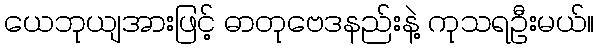
ယေဘုယျအားဖြင့် ဓာတုဗေဒနည်းနဲ့ ကုသရဦးမယ်။